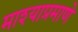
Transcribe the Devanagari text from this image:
माश्याप्रमाणे